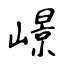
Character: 幜